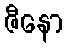
ဇီနော